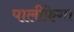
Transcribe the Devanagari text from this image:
पालीफ़ेगा